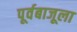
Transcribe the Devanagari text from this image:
पूर्वबाजूला